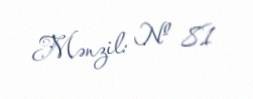
Mənzil: № 81